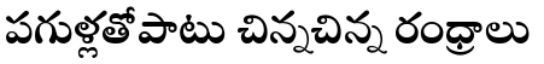
పగుళ్లతోపాటు చిన్నచిన్న రంధ్రాలు